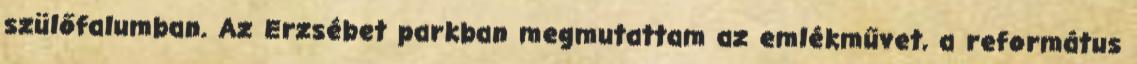
szülőfalumban. Az Erzsébet parkban megmutattam az emlékművet, a református